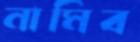
নামিব